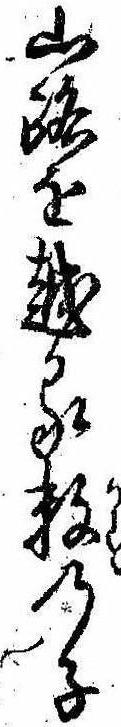
山路を越る数の子